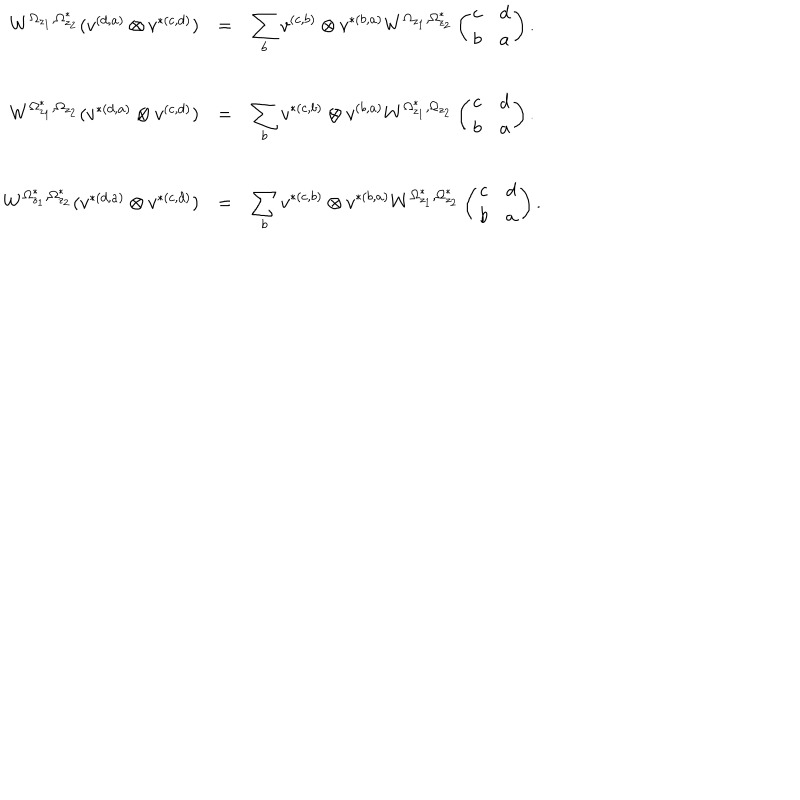
\begin{array} { r c l } { { W ^ { \Omega _ { z _ { 1 } } , \Omega _ { z _ { 2 } } ^ { * } } ( v ^ { ( d , a ) } \otimes v ^ { * ( c , d ) } ) } } & { { = } } & { { \displaystyle \sum _ { b } v ^ { ( c , b ) } \otimes v ^ { * ( b , a ) } W ^ { \Omega _ { z _ { 1 } } , \Omega _ { z _ { 2 } } ^ { * } } \left( \begin{array} { c c } { { c } } & { { d } } \\ { { b } } & { { a } } \\ \end{array} \right) . } } \\ { { W ^ { \Omega _ { z _ { 1 } } ^ { * } , \Omega _ { z _ { 2 } } } ( v ^ { * ( d , a ) } \otimes v ^ { ( c , d ) } ) } } & { { = } } & { { \displaystyle \sum _ { b } v ^ { * ( c , b ) } \otimes v ^ { ( b , a ) } W ^ { \Omega _ { z _ { 1 } } ^ { * } , \Omega _ { z _ { 2 } } } \left( \begin{array} { c c } { { c } } & { { d } } \\ { { b } } & { { a } } \\ \end{array} \right) . } } \\ { { W ^ { \Omega _ { z _ { 1 } } ^ { * } , \Omega _ { z _ { 2 } } ^ { * } } ( v ^ { * ( d , a ) } \otimes v ^ { * ( c , d ) } ) } } & { { = } } & { { \displaystyle \sum _ { b } v ^ { * ( c , b ) } \otimes v ^ { * ( b , a ) } W ^ { \Omega _ { z _ { 1 } } ^ { * } , \Omega _ { z _ { 2 } } ^ { * } } \left( \begin{array} { c c } { { c } } & { { d } } \\ { { b } } & { { a } } \\ \end{array} \right) . } } \\ \end{array}